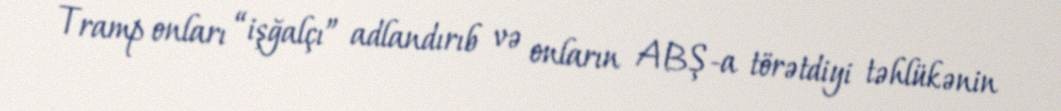
Tramp onları “işğalçı” adlandırıb və onların ABŞ-a törətdiyi təhlükənin